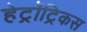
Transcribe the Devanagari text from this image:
हेट्रॉट्रिकस